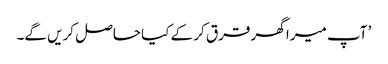
’ آپ میرا گھر قرق کر کے کیا حاصل کریں گے۔